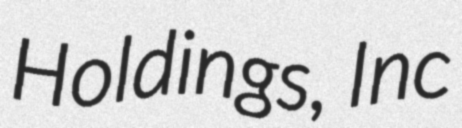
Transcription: Holdings, Inc